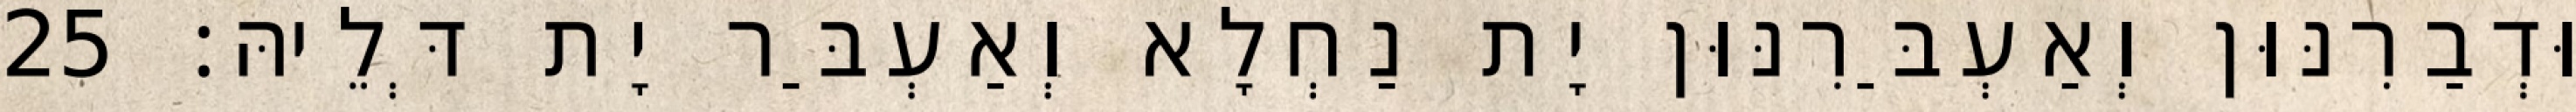
וּדְבַרִנּוּן וְאַעְבַּרִנּוּן יָת נַחְלָא וְאַעְבַּר יָת דְּלֵיהּ׃ 25